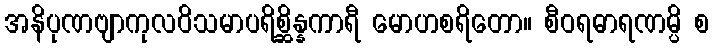
အနိပုဏဗျာကုလဝိသမာပရိစ္ဆိန္နကာရီ မောဟစရိတော။ စီဝရဓာရဏမ္ပိ စ